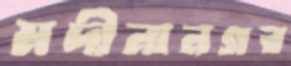
মদীনানগর